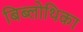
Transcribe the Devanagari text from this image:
बिब्लोथिका